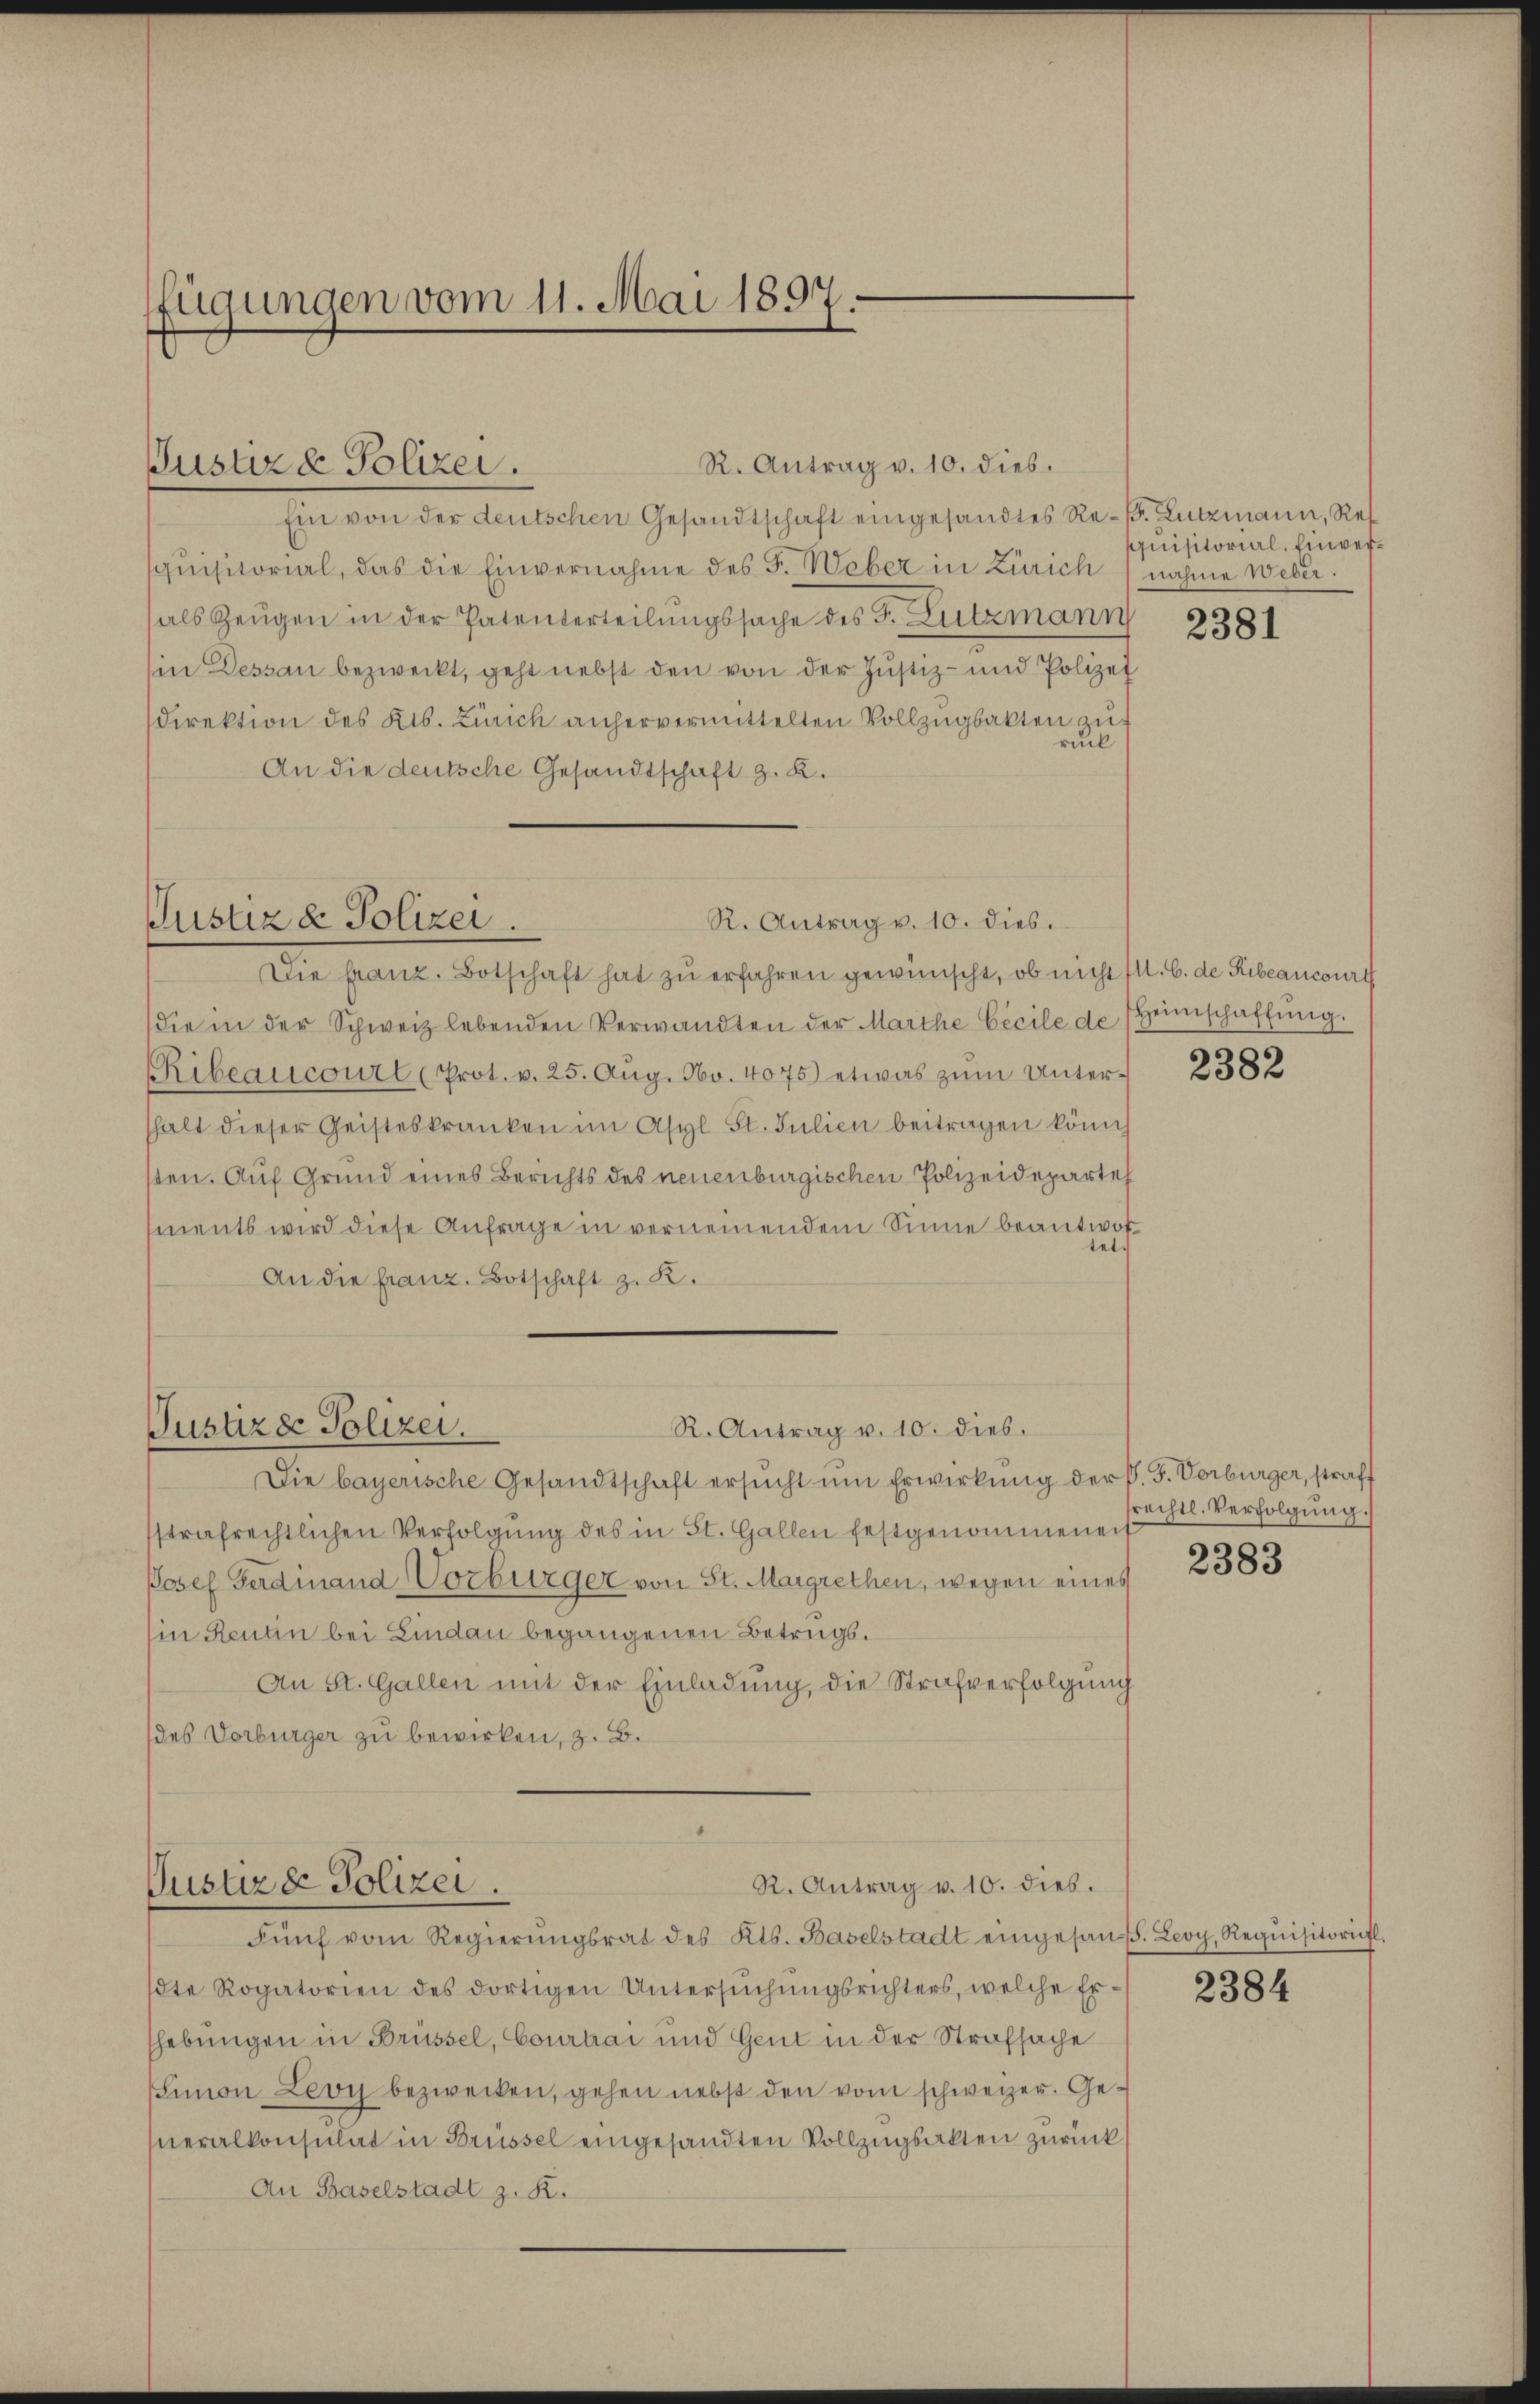
ffügungen vom 11. Mai 1897.

Justiz & Polizei.

R. Antrag v. 10. dies.
Ein von der deutschen Gesandtschaft eingesandtes Re- B. Lutzmann, Res
quisitorial, das die Einvernahme des F. Weber in Zürich) nahme Weber.
als Zeŭgen in der Patenterteilungssache des F. Lutzmann
in Dessau bezweckt, geht nebst den von der Justiz- und Polizei
Direktion des Kts. Zürich anhervermittelten Vollzugbakten zu
ruck
An die deutsche Gesandtschaft z. B.

Justiz & Polizei.
R. Antrag v. 10. dies.

R. Antrag v. 10. dies.
Justizde Polizei.

Die franz. Botschaft hat zŭ erfahren gewünscht, ob nicht M. C. de Ribeancourt
die in der Schweiz lebenden Verwandten der Marthe Cecile de Heimschaffŭng.
RRibeaiicourt (Prot. v. 25. Aŭg. No. 4075) etwas zŭm Unter-
thalt dieser Geisteskranken im Asyl St. Julien beitragen könn
sten. Auf Grund eines Berichts des neuenburgischen Polizeideparte
ments wird diese Anfrage in vernennendem Sinne beantwortet.
An die franz. Botschaft z. R.
Justizde Polizei.
R. Antrag v. 10. dies.
Die bayerische Gesandtschaft ersŭcht ŭm Erwirkung der P. F. Vorbürger, straff
sstrafrechtlichen Verfolgung des in St. Gallen festgenommenen
Josef Ferdinand Vorbürger von St. Margrethen, wegen eines
Ein Rentin bei Lindau begangenen Betrugs¬
An St. Gallen mit der Einladung, die Strafverfolgung
des Vorbürger zu bewirken, z. B.

Fünf vom Regierŭngsrat des Kts. Baselstadt eingesan. Leoy, Requisitoriefl
dte Rogatorien des dortigen Untersŭchŭngsrichters, welche Er-
shebungen in Brüssel, Courtai und Gent in der Strafsache
Simon Leoy bezwecken, gehen nebst den vom schweizer. Generalkonsulat in Brüssel eingesandten Vollzugsakten zurück
An Baselstadt z. R.

quisitorial, Einver¬

2381

2382

frechtl. Verfolgung.

2383

2384